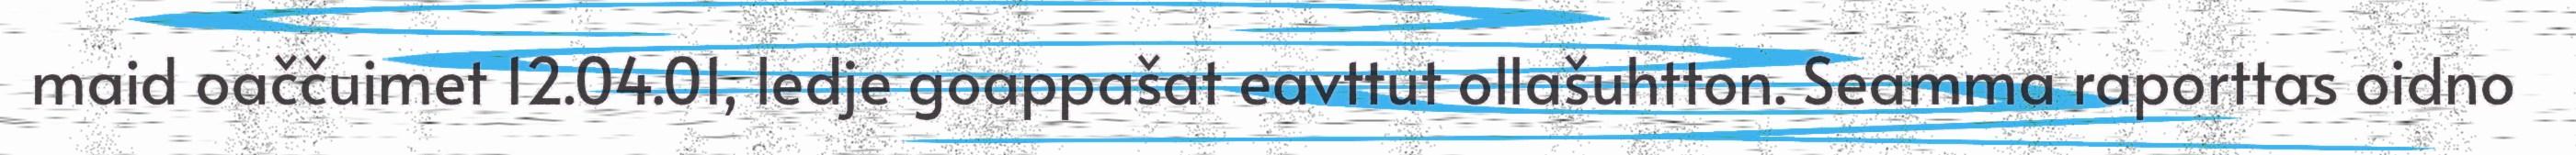
maid oaččuimet 12.04.01, ledje goappašat eavttut ollašuhtton. Seamma raporttas oidno